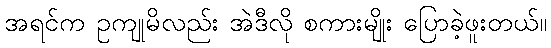
အရင်က ဥကျုမိလည်း အဲဒီလို စကားမျိုး ပြောခဲ့ဖူးတယ်။